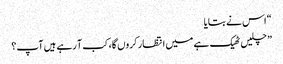
“ اس نے بتایا
” چلیں ٹھیک ہے میں انتظار کروں گا، کب آ رہے ہیں آپ؟